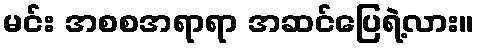
မင်း အစစအရာရာ အဆင်ပြေရဲ့လား။